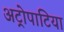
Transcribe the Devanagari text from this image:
अट्रोपाटिया